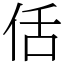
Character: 佸